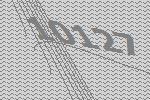
10127